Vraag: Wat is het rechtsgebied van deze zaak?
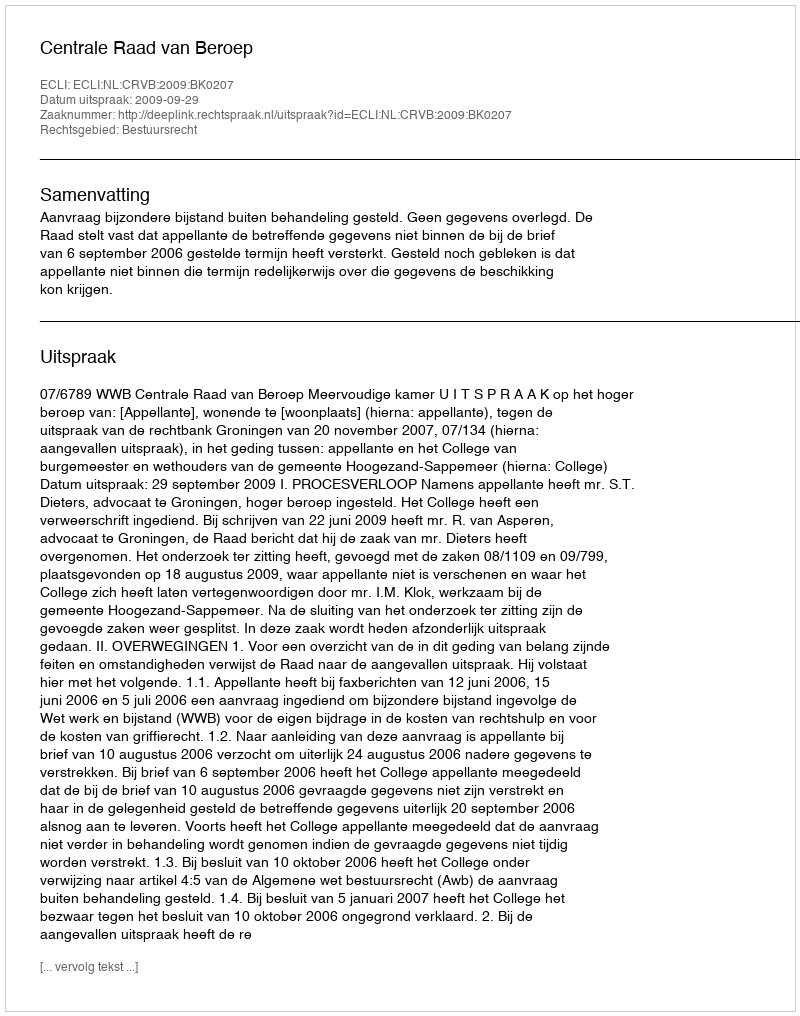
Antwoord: Bestuursrecht